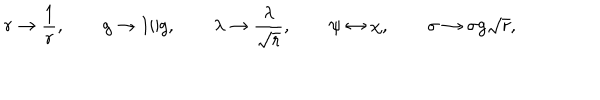
r \rightarrow \frac { 1 } { r } , \qquad g \rightarrow 1 / g , \qquad \lambda \rightarrow \frac { \lambda } { \sqrt { r } } , \qquad \psi \leftrightarrow \chi , \qquad \sigma \rightarrow \sigma g \sqrt { r } ,